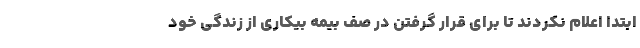
ابتدا اعلام نکردند تا برای قرار گرفتن در صف بیمه بیکاری از زندگی خود